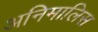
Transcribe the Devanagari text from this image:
अनिमालिस